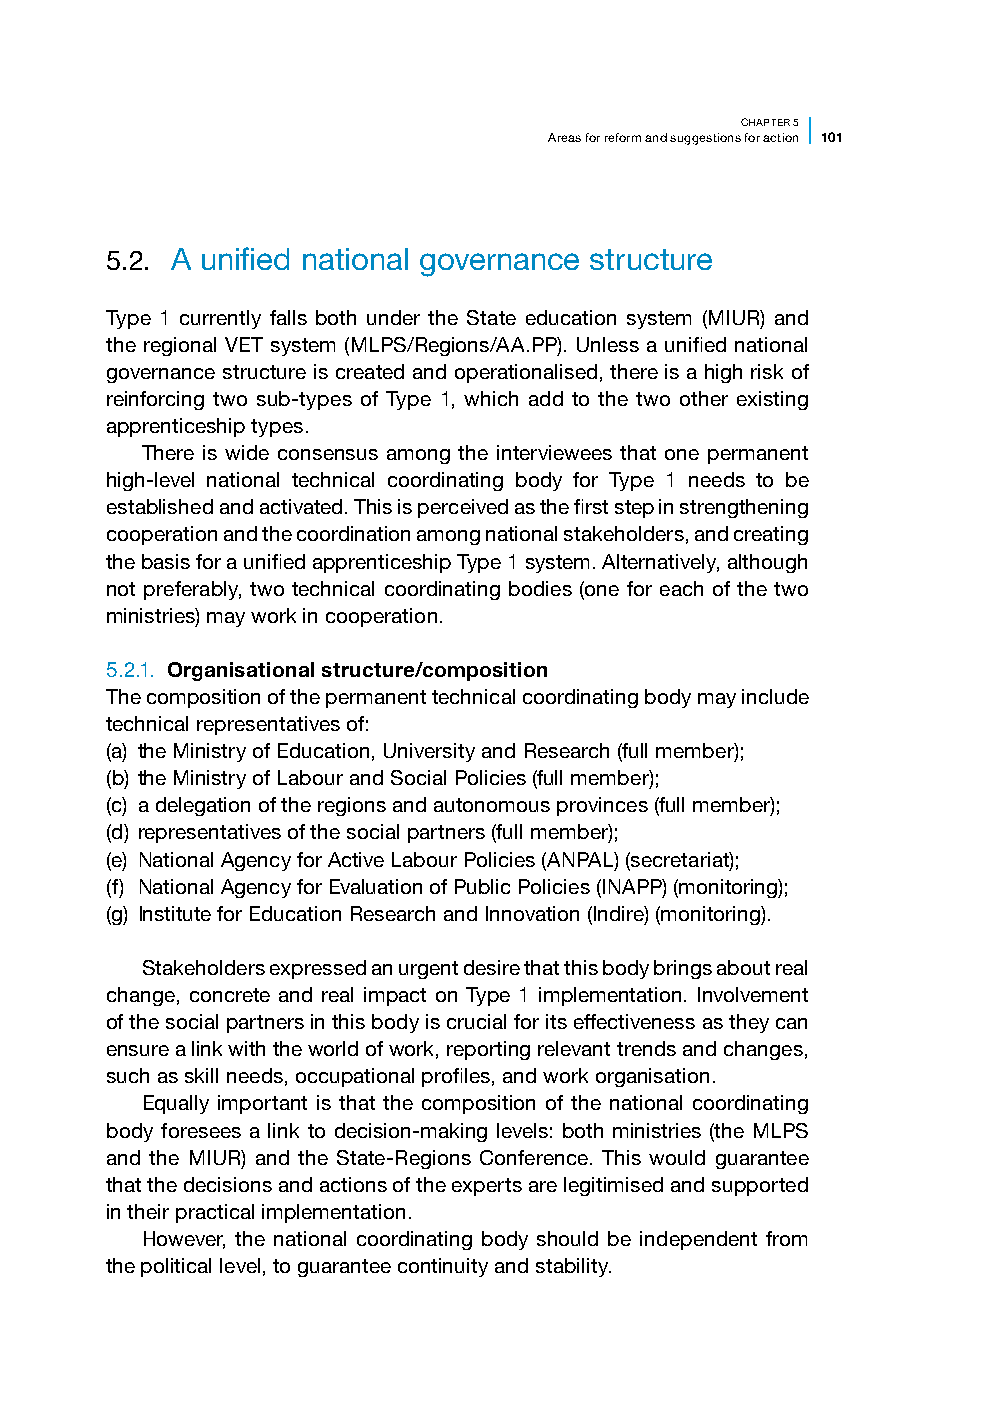
CHAPTER 5
 Areas for reform and suggestions for action 101
 5.2. A unified national governance structure
 Type 1 currently falls both under the State education system (MIUR) and
 the regional VET system (MLPS/Regions/AA.PP). Unless a unified national
 governance structure is created and operationalised, there is a high risk of
 reinforcing two sub-types of Type 1, which add to the two other existing
 apprenticeship types.
 There is wide consensus among the interviewees that one permanent
 high-level national technical coordinating body for Type 1 needs to be
 established and activated. This is perceived as the first step in strengthening
 cooperation and the coordination among national stakeholders, and creating
 the basis for a unified apprenticeship Type 1 system. Alternatively, although
 not preferably, two technical coordinating bodies (one for each of the two
 ministries) may work in cooperation.
 5.2.1. Organisational structure/composition
 The composition of the permanent technical coordinating body may include
 technical representatives of:
 (a) the Ministry of Education, University and Research (full member);
 (b) the Ministry of Labour and Social Policies (full member);
 (c) a delegation of the regions and autonomous provinces (full member);
 (d) representatives of the social partners (full member);
 (e) National Agency for Active Labour Policies (ANPAL) (secretariat);
 (f) National Agency for Evaluation of Public Policies (INAPP) (monitoring);
 (g) Institute for Education Research and Innovation (Indire) (monitoring).
 Stakeholders expressed an urgent desire that this body brings about real
 change, concrete and real impact on Type 1 implementation. Involvement
 of the social partners in this body is crucial for its effectiveness as they can
 ensure a link with the world of work, reporting relevant trends and changes,
 such as skill needs, occupational profiles, and work organisation.
 Equally important is that the composition of the national coordinating
 body foresees a link to decision-making levels: both ministries (the MLPS
 and the MIUR) and the State-Regions Conference. This would guarantee
 that the decisions and actions of the experts are legitimised and supported
 in their practical implementation.
 However, the national coordinating body should be independent from
 the political level, to guarantee continuity and stability.